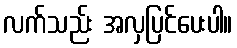
လက်သည်း အလှပြင်ပေးပါ။